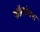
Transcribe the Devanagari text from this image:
कॉमडेक्स